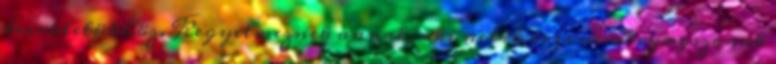
becsületükhöz. Kegyelmeznek annak, aki nekik is és nem nyugszanak